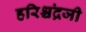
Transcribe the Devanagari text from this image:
हरिश्चंद्रजी